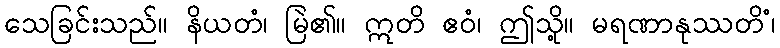
သေခြင်းသည်။ နိယတံ၊ မြဲ၏။ ဣတိ ဧဝံ၊ ဤသို့။ မရဏာနုဿတိံ၊